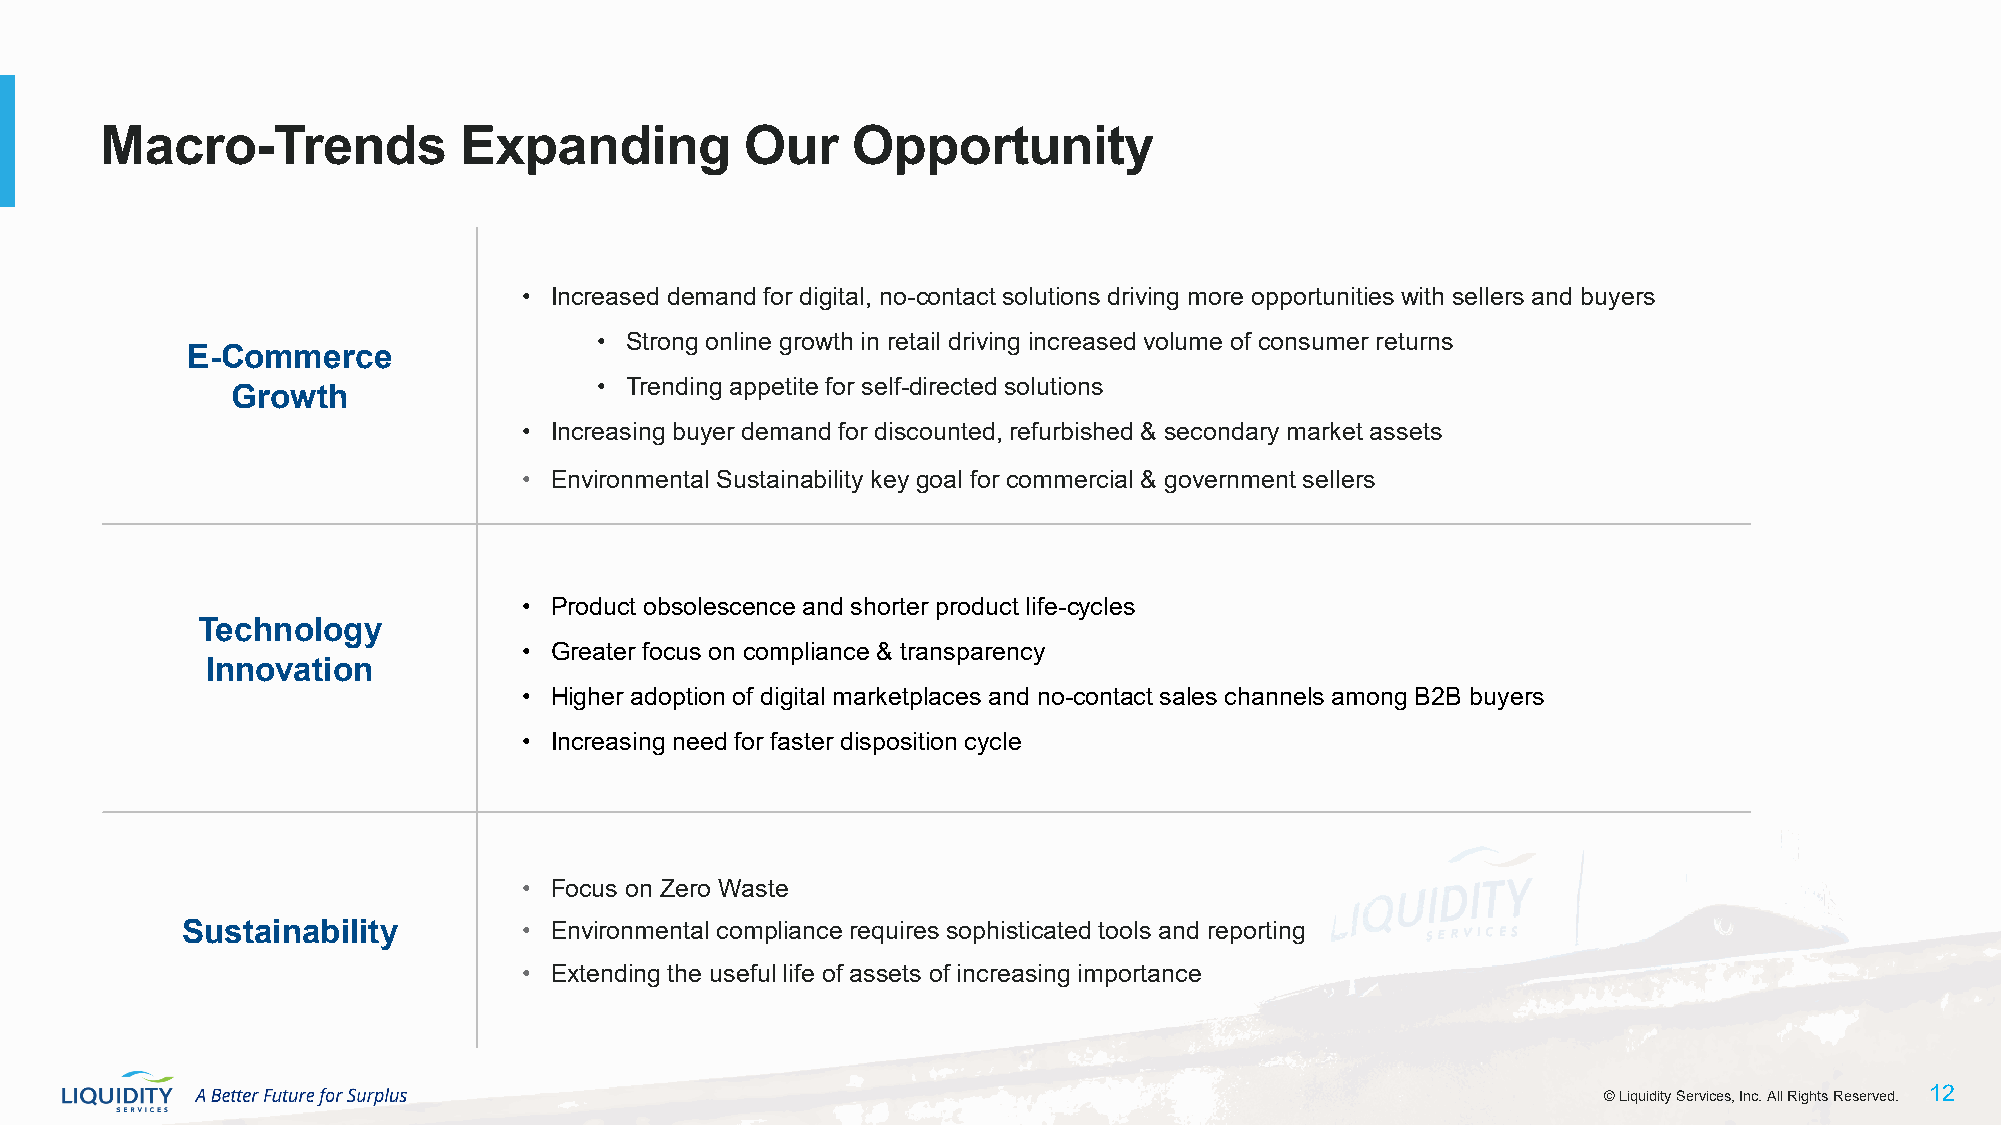
Macro-Trends           Expanding          Our    Opportunity
 • Increased demand for digital, no-contact solutions driving more opportunities with sellers and buyers
 • Strong online growth in retail driving increased volume of consumer returns
 E-Commerce
 • Trending appetite for self-directed solutions
 Growth
 • Increasing buyer demand for discounted, refurbished & secondary market assets
 • Environmental Sustainability key goal for commercial & government sellers
 • Product obsolescence and shorter product life-cycles
 Technology
 • Greater focus on compliance & transparency
 Innovation
 • Higher adoption of digital marketplaces and no-contact sales channels among B2B buyers
 • Increasing need for faster disposition cycle
 • Focus on Zero Waste
 Sustainability         • Environmental compliance requires sophisticated tools and reporting
 • Extending the useful life of assets of increasing importance
 ©© LLiiqquuiiddiittyy SSeerrvviicceess,, IInncc.. AAllll RRiigghhttss RReesseerrvveedd.. 1122